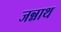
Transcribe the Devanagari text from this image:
जन्नाथ